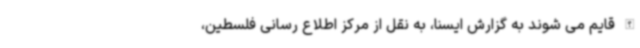
الله قایم می شوند به گزارش ایسنا، به نقل از مرکز اطلاع رسانی فلسطین،